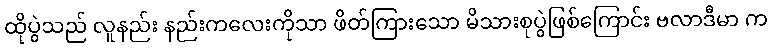
ထိုပွဲသည် လူနည်း နည်းကလေးကိုသာ ဖိတ်ကြားသော မိသားစုပွဲဖြစ်ကြောင်း ဗလာဒီမာ က